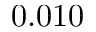
0 . 0 1 0